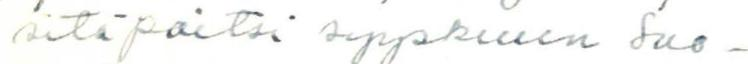
sitä paitsi syyskuun Suo-